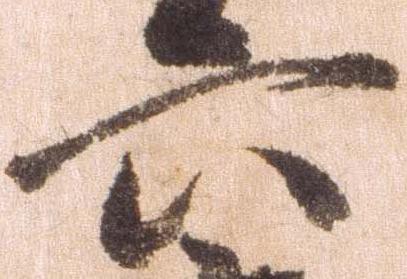
六